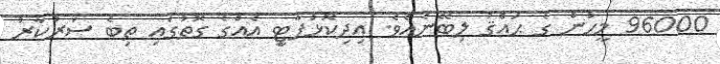
96000 މީހުން ގެ ޙައްޤު ލިބޭނެއެވެ. އިދިކޮޅުޕާޓިީ އެއްގެ ގޮތުގައި ތިބެ ސަރުކާރު